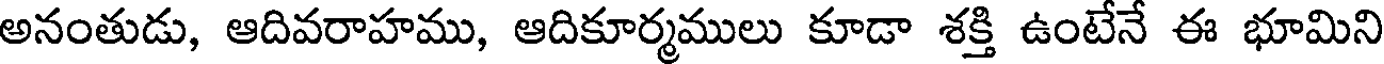
అనంతుడు, ఆదివరాహము, ఆదికూర్మములు కూడా శక్తి ఉంటేనే ఈ భూమిని